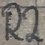
Text: R2